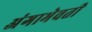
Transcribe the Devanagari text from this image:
अंगाभेवती